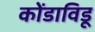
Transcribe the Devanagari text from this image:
कोंडाविडू